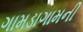
ગામડાગામની